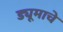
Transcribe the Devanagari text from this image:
ड्यूमाचे